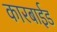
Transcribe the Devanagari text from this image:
कारबाईड